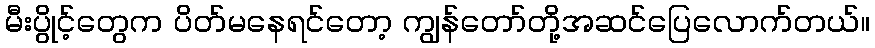
မီးပွိုင့်တွေက ပိတ်မနေရင်တော့ ကျွန်တော်တို့အဆင်ပြေလောက်တယ်။